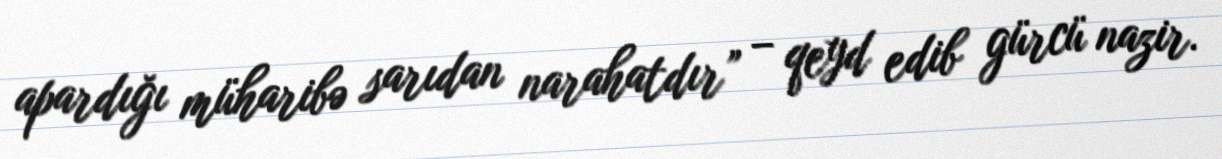
apardığı müharibə sarıdan narahatdır” – qeyd edib gürcü nazir.